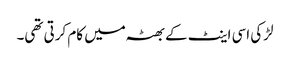
لڑکی اسی اینٹ کے بھٹہ میں کام کرتی تھی۔